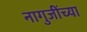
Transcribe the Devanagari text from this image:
नागुजींच्या